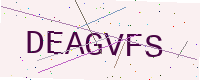
Text: DEAGVFS